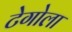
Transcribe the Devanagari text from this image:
टेगोला